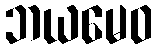
ဘယမေဝ